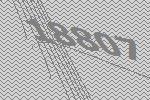
18807